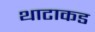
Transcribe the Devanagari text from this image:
थाटाकड